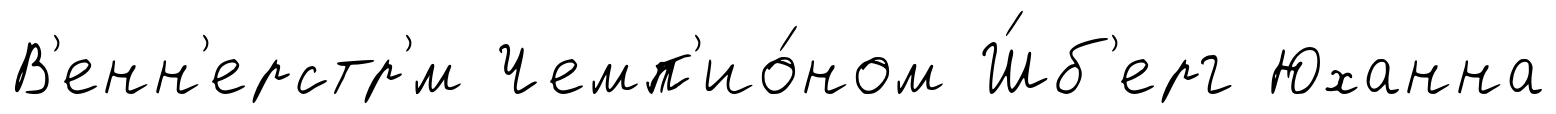
В'енн'ерстр'́м Чемп'ио́ном Ш́б'ерг Юханна